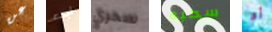
عن ابدء سحري سحبه أو